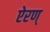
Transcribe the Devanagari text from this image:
ऐरण्